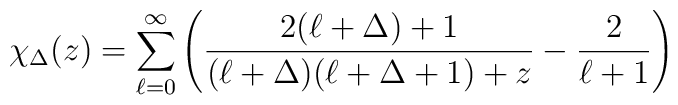
\chi_{\Delta } (z) = \sum_{\ell = 0}^{\infty}\left ( {2 (\ell + \Delta )+1 \over (\ell + \Delta )(\ell + \Delta +1)+ z }- {2 \over \ell + 1 } \right )